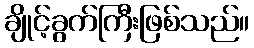
ချိုင့်ခွက်ကြီးဖြစ်သည်။